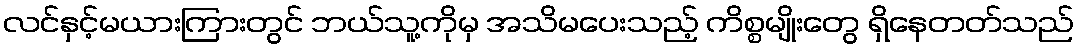
လင်နှင့်မယားကြားတွင် ဘယ်သူ့ကိုမှ အသိမပေးသည့် ကိစ္စမျိုးတွေ ရှိနေတတ်သည်